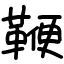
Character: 鞭